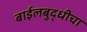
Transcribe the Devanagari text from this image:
बाईलबुद्धीचा